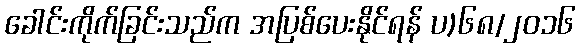
ခေါင်းကိုက်ခြင်းသည်က အပြစ်ပေးနိုင်ရန် ပ)၆၈/၂၀၁၆